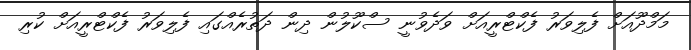
މަމްދޫއަށް ފެލިވަރު ފެކްޓްރީއަށް ވަދެވުނީ ސްކޫލުން ދިން ދަތުރެއްގައި ފެލިވަރު ފެކްޓްރީއަށް ކުރި